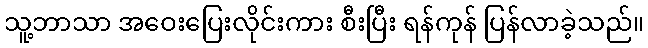
သူ့ဘာသာ အဝေးပြေးလိုင်းကား စီးပြီး ရန်ကုန် ပြန်လာခဲ့သည်။